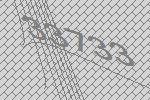
33733